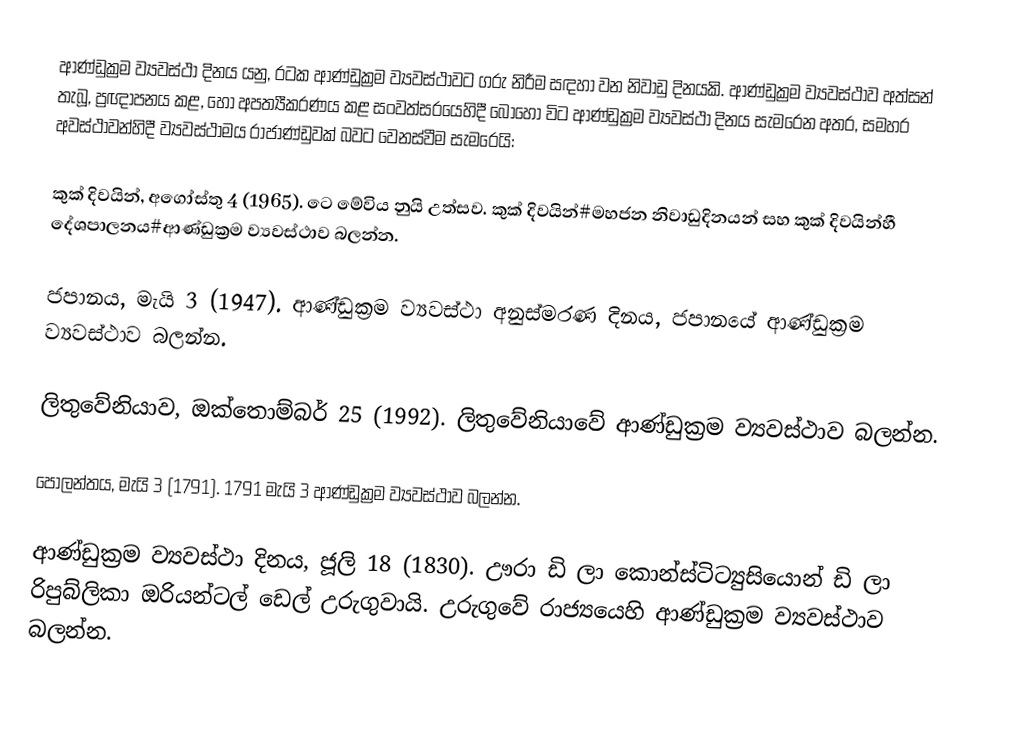
ආණ්ඩුක්‍රම ව්‍යවස්ථා දිනය යනු, රටක ආණ්ඩුක්‍රම ව්‍යවස්ථාවට ගරු නිරීම සඳහා වන නිවාඩු දිනයකි.  ආණ්ඩුක්‍රම ව්‍යවස්ථාව අත්සන් තැබූ, ප්‍රඥාපනය කළ, හෝ අපත්‍යීකරණය කළ සංවත්සරයෙහිදී බොහෝ විට ආණ්ඩුක්‍රම ව්‍යවස්ථා දිනය සැමරෙන අතර, සමහර අවස්ථාවන්හිදී  ව්‍යවස්ථාමය රාජාණ්ඩුවක් බවට වෙනස්වීම සැමරෙයි:

 කුක් දිවයින්, අගෝස්තු 4 (1965). ටෙ මේවිය නුයි උත්සව. කුක් දිවයින්#මහජන නිවාඩුදිනයන් සහ කුක් දිවයින්හී දේශපාලනය#ආණ්ඩුක්‍රම ව්‍යවස්ථාව බලන්න.

 ජපානය, මැයි 3 (1947). ආණ්ඩුක්‍රම ව්‍යවස්ථා අනුස්මරණ දිනය, ජපානයේ ආණ්ඩුක්‍රම ව්‍යවස්ථාව බලන්න.

 ලිතුවේනියාව, ඔක්තොම්බර් 25 (1992). ලිතුවේනියාවේ ආණ්ඩුක්‍රම ව්‍යවස්ථාව බලන්න.

 පෝලන්තය, මැයි 3 (1791).  1791 මැයි 3 ආණ්ඩුක්‍රම ව්‍යවස්ථාව බලන්න.

 ආණ්ඩුක්‍රම ව්‍යවස්ථා දිනය, ජූලි 18 (1830). ඌරා ඩි ලා කොන්ස්ටිට්‍යුසියොන් ඩි ලා රිපුබ්ලිකා ඔරියන්ටල් ඩෙල් උරුගුවායි.  උරුගුවේ රාජ්‍යයෙහි ආණ්ඩුක්‍රම ව්‍යවස්ථාව බලන්න.